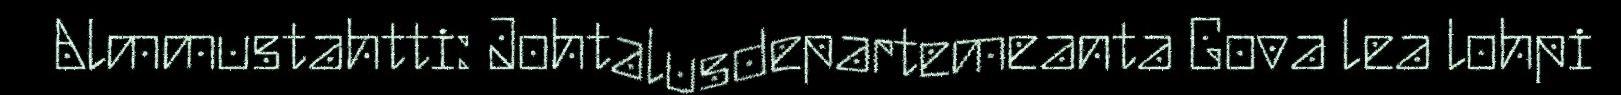
Almmustahtti: Johtalusdepartemeanta Gova lea lohpi